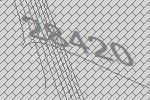
28420